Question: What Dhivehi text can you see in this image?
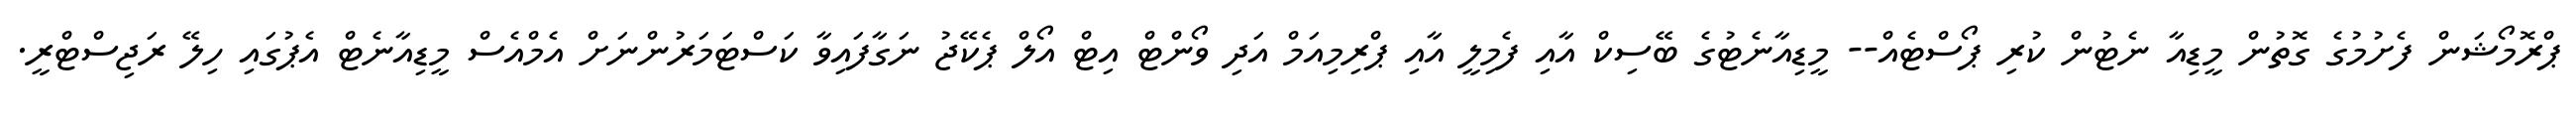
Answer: ޕްރޮމޯޝަން ފެށުމުގެ ގޮތުން މީޑިއާ ނެޓުން ކުރި ޕޯސްޓެއް-- މީޑިއާނެޓުގެ ބޭސިކް އާއި ފެމިލީ އާއި ޕްރިމިއަމް އަދި ވޯންޓް އިޓް އޯލް ޕެކޭޖު ނަގާފައިވާ ކަސްޓަމަރުންނަށް އެމްއެސް މީޑިއާނެޓް އެޕުގައި ހިލޭ ރަޖިސްޓްރީ.